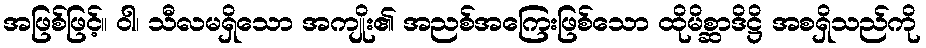
အဖြစ်ဖြင့်။ ဝါ၊ သီလမရှိသော အကျိုး၏ အညစ်အကြေးဖြစ်သော ထိုမိစ္ဆာဒိဋ္ဌိ အစရှိသည်ကို